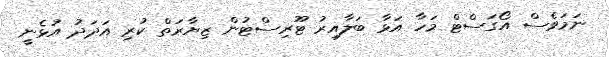
ނަމަވެސް އޯގަސްޓް މަހާ އަޅާ ބަލާއިރު ޓޫރިސްޓުން ޒިޔާރަތް ކުރި އަދަދު އުޅެނީ